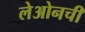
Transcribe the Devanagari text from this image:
लेओनची